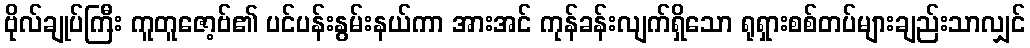
ဗိုလ်ချုပ်ကြီး ကူတူဇော့ဗ်၏ ပင်ပန်းနွမ်းနယ်ကာ အားအင် ကုန်ခန်းလျက်ရှိသော ရုရှားစစ်တပ်များချည်းသာလျှင်